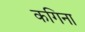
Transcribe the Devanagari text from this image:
कगिना